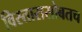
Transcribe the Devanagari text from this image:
विस्तारासोबतच